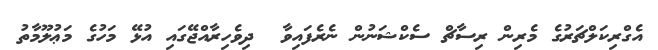
އެގްރިކަލްޗަރުގެ މެރިން ރިސާޗް ސެކްޝަނުން ނެރެފައިވާ  ދިވެހިރާއްޖޭގައި އުޅޭ މަހުގެ މަޢުލޫމާތު